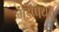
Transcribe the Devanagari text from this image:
मेइप्पयत्तु